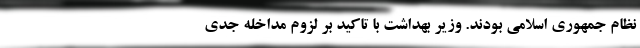
نظام جمهوری اسلامی بودند. وزیر بهداشت با تاکید بر لزوم مداخله جدی